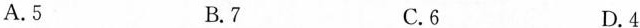
A.5 B.7 C.6 D.4